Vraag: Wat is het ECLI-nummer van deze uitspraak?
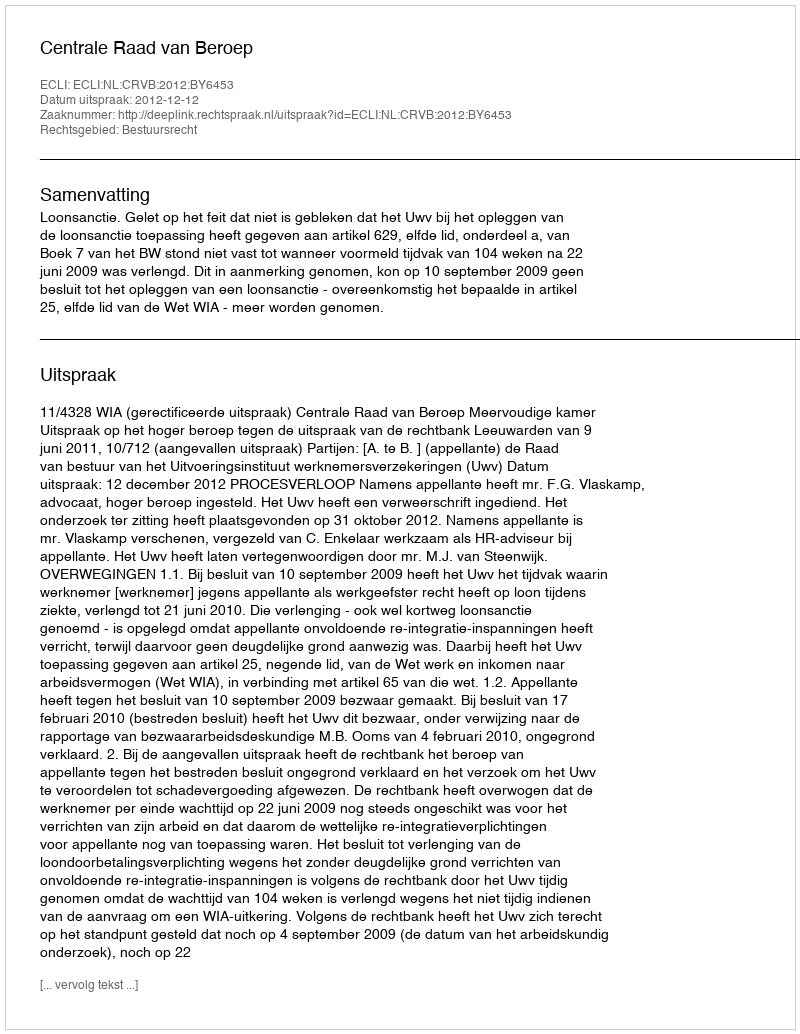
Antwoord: ECLI:NL:CRVB:2012:BY6453